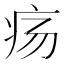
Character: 疡